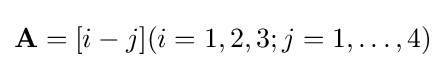
{\mathbf {A} }=[i-j](i=1,2,3;j=1,\dots ,4)